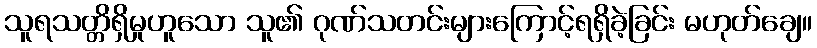
သူရသတ္တိရှိမှုဟူသော သူ၏ ဂုဏ်သတင်းများကြောင့်ရရှိခဲ့ခြင်း မဟုတ်ချေ။